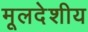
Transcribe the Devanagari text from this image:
मूलदेशीय